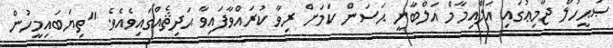
ޞަޙީހުލް ޖާމިޢުގައި އަލްއިމާމް އަލްބާނީ ޙަސަން ކަމަށް ރިވާ ކުރައްވާފައިވާ ޙަދިޘެއްގައިވެއެވެ. "ތިޔަބައިމީހުން